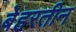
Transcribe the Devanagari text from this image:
बेहरतीन